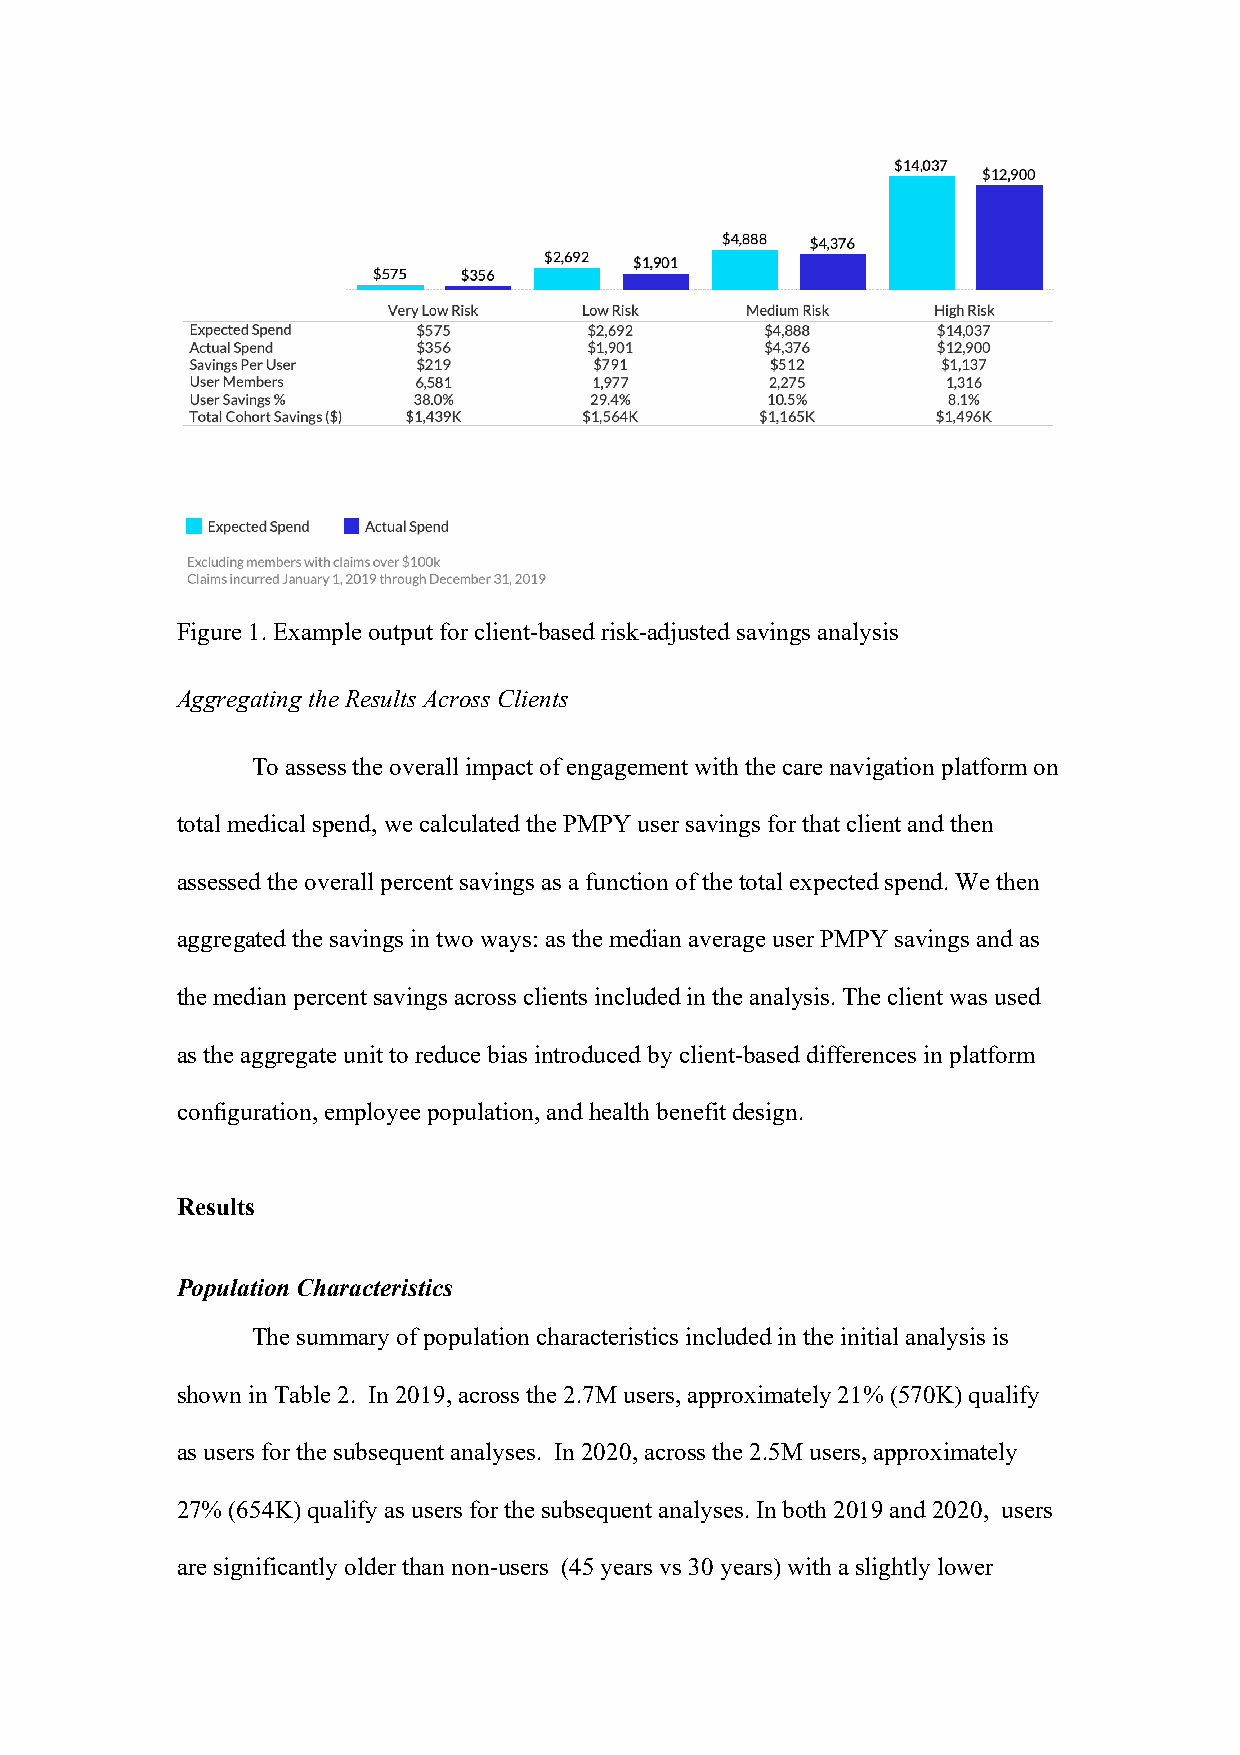
Figure 1. Example output for client-based risk-adjusted savings analysis
 Aggregating the Results Across Clients
 To assess the overall impact of engagement with the care navigation platform on
 total medical spend, we calculated the PMPY user savings for that client and then
 assessed the overall percent savings as a function of the total expected spend. We then
 aggregated the savings in two ways: as the median average user PMPY savings and as
 the median percent savings across clients included in the analysis. The client was used
 as the aggregate unit to reduce bias introduced by client-based differences in platform
 configuration, employee population, and health benefit design.
 Results
 Population Characteristics
 The summary of population characteristics included in the initial analysis is
 shown in Table 2. In 2019, across the 2.7M users, approximately 21% (570K) qualify
 as users for the subsequent analyses. In 2020, across the 2.5M users, approximately
 27% (654K) qualify as users for the subsequent analyses. In both 2019 and 2020, users
 are significantly older than non-users (45 years vs 30 years) with a slightly lower